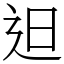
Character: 𨑨